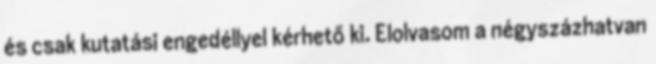
és csak kutatási engedéllyel kérhető ki. Elolvasom a négyszázhatvan